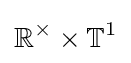
\mathbb {R} ^{\times }\times \mathbb {T} ^{1}